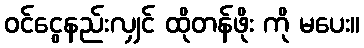
ဝင်ငွေနည်းလျှင် ထိုတန်ဖိုး ကို မပေး။